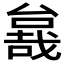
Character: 𱔖